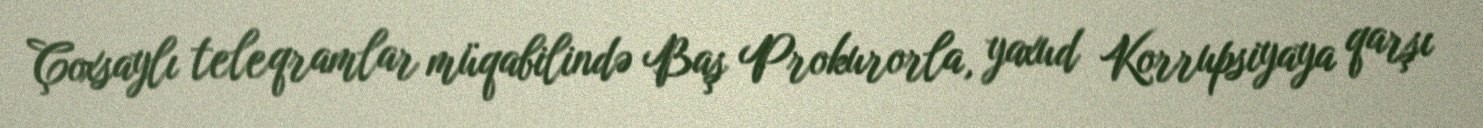
Çoxsaylı teleqramlar müqabilində Baş Prokurorla, yaxud Korrupsiyaya qarşı